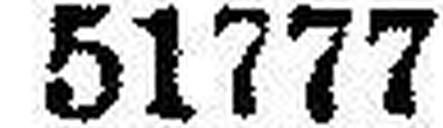
51777